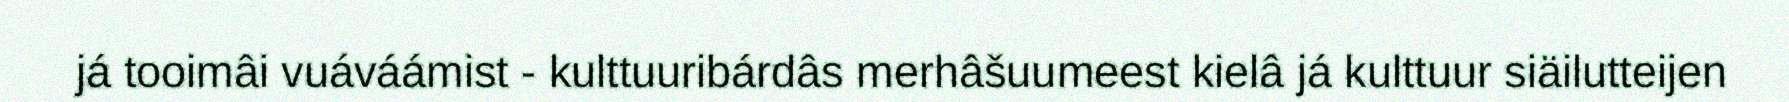
já tooimâi vuáváámist - kulttuuribárdâs merhâšuumeest kielâ já kulttuur siäilutteijen